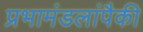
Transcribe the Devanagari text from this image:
प्रभामंडलांपैकी